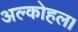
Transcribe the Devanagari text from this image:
अल्कोहल।